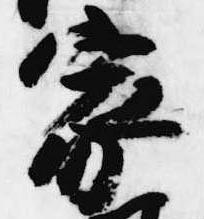
家